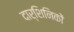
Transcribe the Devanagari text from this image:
दार्शिनिकों